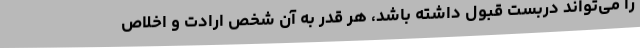
را می‌تواند دربست قبول داشته باشد، هر قدر به آن شخص ارادت و اخلاص